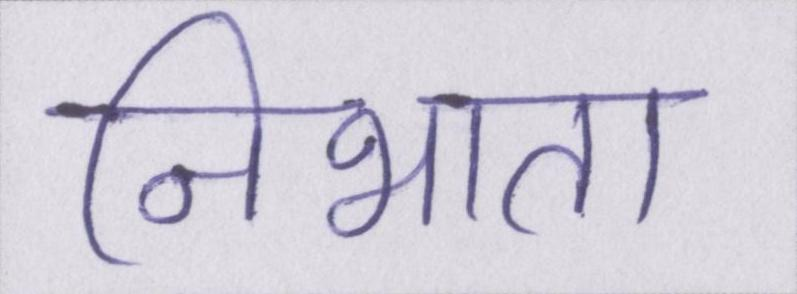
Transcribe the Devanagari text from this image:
निभाता